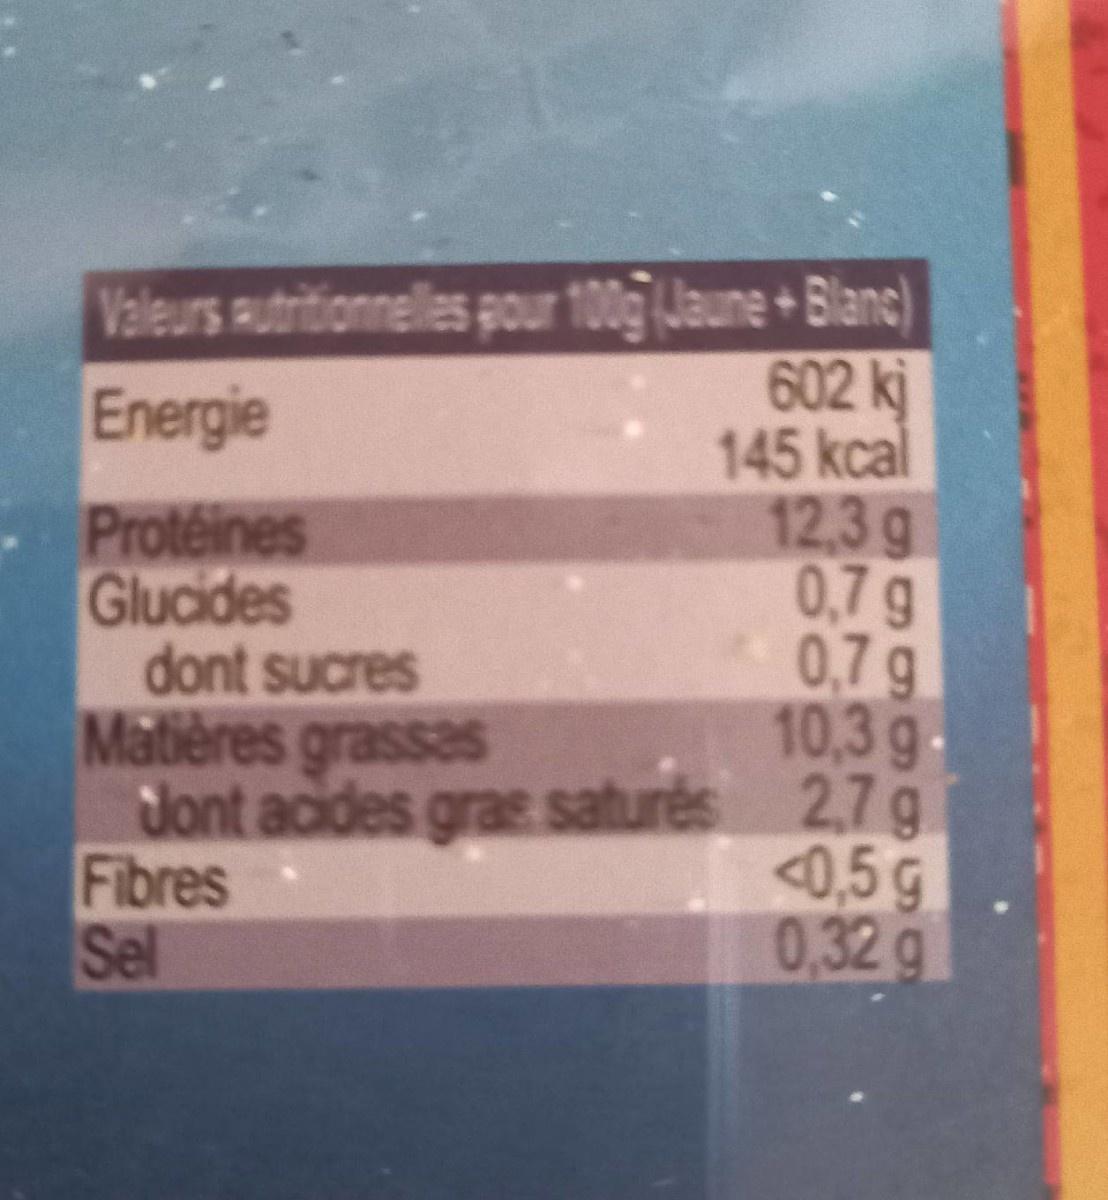
Valeurs Rutritionnelles pour 100g Jaune+Blanc) 602 kj 145 kcal 12,3g 0,7 g 0,7 g 10,3 g- dont acides grae saturés 2,7 g <0,5 g 0,32 g
Energie
Proteines Glucides dont sucres Matières grassas
Fibres el